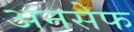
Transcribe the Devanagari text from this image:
अनसेफ